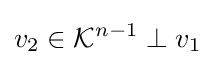
v_{2}\in {\mathcal {K}}^{n-1}\perp v_{1}